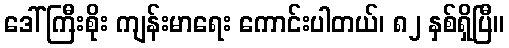
ဒေါ်ကြီးစိုး ကျန်းမာရေး ကောင်းပါတယ်၊ ၈၂ နှစ်ရှိပြီ။